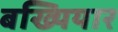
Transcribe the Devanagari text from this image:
बख्यियार